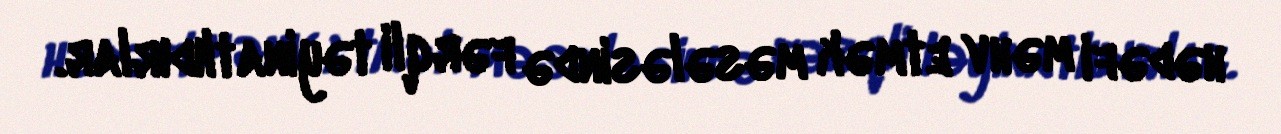
hədəfi məhv etmək məsələsində fərqli təyinatlıdırlar.